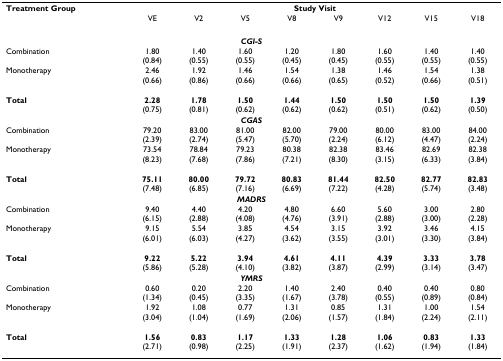
<table><thead><tr><td><b>Treatment Group</b></td><td colspan="8"><b>Study Visit</b></td></tr><tr><td></td><td><b>VE</b></td><td><b>V2</b></td><td><b>V5</b></td><td><b>V8</b></td><td><b>V9</b></td><td><b>V12</b></td><td><b>V15</b></td><td><b>V18</b></td></tr></thead><tbody><tr><td colspan="9"><b><i>CGI-S</i></b></td></tr><tr><td>Combination</td><td>1.80(0.84)</td><td>1.40(0.55)</td><td>1.60(0.55)</td><td>1.20(0.45)</td><td>1.80(0.45)</td><td>1.60(0.55)</td><td>1.40(0.55)</td><td>1.40(0.55)</td></tr><tr><td>Monotherapy</td><td>2.46(0.66)</td><td>1.92(0.86)</td><td>1.46(0.66)</td><td>1.54(0.66)</td><td>1.38(0.65)</td><td>1.46(0.52)</td><td>1.54(0.66)</td><td>1.38(0.51)</td></tr><tr><td><b>Total</b></td><td><b>2.28</b>(0.75)</td><td><b>1.78</b>(0.81)</td><td><b>1.50</b>(0.62)</td><td><b>1.44</b>(0.62)</td><td><b>1.50</b>(0.62)</td><td><b>1.50</b>(0.51)</td><td><b>1.50</b>(0.62)</td><td><b>1.39</b>(0.50)</td></tr><tr><td colspan="9"><b><i>CGAS</i></b></td></tr><tr><td>Combination</td><td>79.20(2.39)</td><td>83.00(2.74)</td><td>81.00(5.47)</td><td>82.00(5.70)</td><td>79.00(2.24)</td><td>80.00(6.12)</td><td>83.00(4.47)</td><td>84.00(2.24)</td></tr><tr><td>Monotherapy</td><td>73.54(8.23)</td><td>78.84(7.68)</td><td>79.23(7.86)</td><td>80.38(7.21)</td><td>82.38(8.30)</td><td>83.46(3.15)</td><td>82.69(6.33)</td><td>82.38(3.84)</td></tr><tr><td><b>Total</b></td><td><b>75.11</b>(7.48)</td><td><b>80.00</b>(6.85)</td><td><b>79.72</b>(7.16)</td><td><b>80.83</b>(6.69)</td><td><b>81.44</b>(7.22)</td><td><b>82.50</b>(4.28)</td><td><b>82.77</b>(5.74)</td><td><b>82.83</b>(3.48)</td></tr><tr><td colspan="9"><b><i>MADRS</i></b></td></tr><tr><td>Combination</td><td>9.40(6.15)</td><td>4.40(2.88)</td><td>4.20(4.08)</td><td>4.80(4.76)</td><td>6.60(3.91)</td><td>5.60(2.88)</td><td>3.00(3.00)</td><td>2.80(2.28)</td></tr><tr><td>Monotherapy</td><td>9.15(6.01)</td><td>5.54(6.03)</td><td>3.85(4.27)</td><td>4.54(3.62)</td><td>3.15(3.55)</td><td>3.92(3.01)</td><td>3.46(3.30)</td><td>4.15(3.84)</td></tr><tr><td><b>Total</b></td><td><b>9.22</b>(5.86)</td><td><b>5.22</b>(5.28)</td><td><b>3.94</b>(4.10)</td><td><b>4.61</b>(3.82)</td><td><b>4.11</b>(3.87)</td><td><b>4.39</b>(2.99)</td><td><b>3.33</b>(3.14)</td><td><b>3.78</b>(3.47)</td></tr><tr><td colspan="9"><b><i>YMRS</i></b></td></tr><tr><td>Combination</td><td>0.60(1.34)</td><td>0.20(0.45)</td><td>2.20(3.35)</td><td>1.40(1.67)</td><td>2.40(3.78)</td><td>0.40(0.55)</td><td>0.40(0.89)</td><td>0.80(0.84)</td></tr><tr><td>Monotherapy</td><td>1.92(3.04)</td><td>1.08(1.04)</td><td>0.77(1.69)</td><td>1.31(2.06)</td><td>0.85(1.57)</td><td>1.31(1.84)</td><td>1.00(2.24)</td><td>1.54(2.11)</td></tr><tr><td><b>Total</b></td><td><b>1.56</b>(2.71)</td><td><b>0.83</b>(0.98)</td><td><b>1.17</b>(2.25)</td><td><b>1.33</b>(1.91)</td><td><b>1.28</b>(2.37)</td><td><b>1.06</b>(1.62)</td><td><b>0.83</b>(1.94)</td><td><b>1.33</b>(1.84)</td></tr></tbody></table>